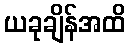
ယခုချိန်အထိ